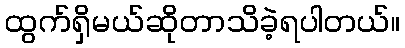
ထွက်ရှိမယ်ဆိုတာသိခဲ့ရပါတယ်။